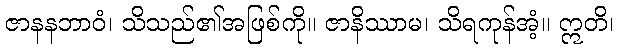
ဇာနနဘာဝံ၊ သိသည်၏အဖြစ်ကို။ ဇာနိဿာမ၊ သိရကုန်အံ့။ ဣတိ၊